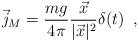
LaTeX: \begin{align*}\vec{j}_M=\frac{mg}{4\pi}\frac{\vec{x}}{|\vec{x}|^2}\delta(t)\;\;,\end{align*}